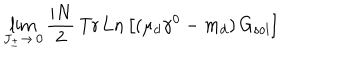
\lim _ { J _ { \pm } \to \, 0 } \frac { i N } { 2 } \, \mathrm { T r \, L n } \left[ ( \mu _ { d } \gamma ^ { 0 } - m _ { d } ) \, G _ { \mathrm { s o l } } \right]